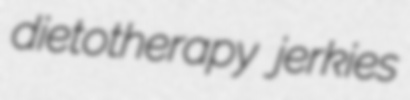
dietotherapy jerkies